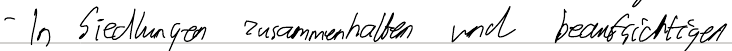
- In Siedlungen zusammenhalten und beaufsichtigen